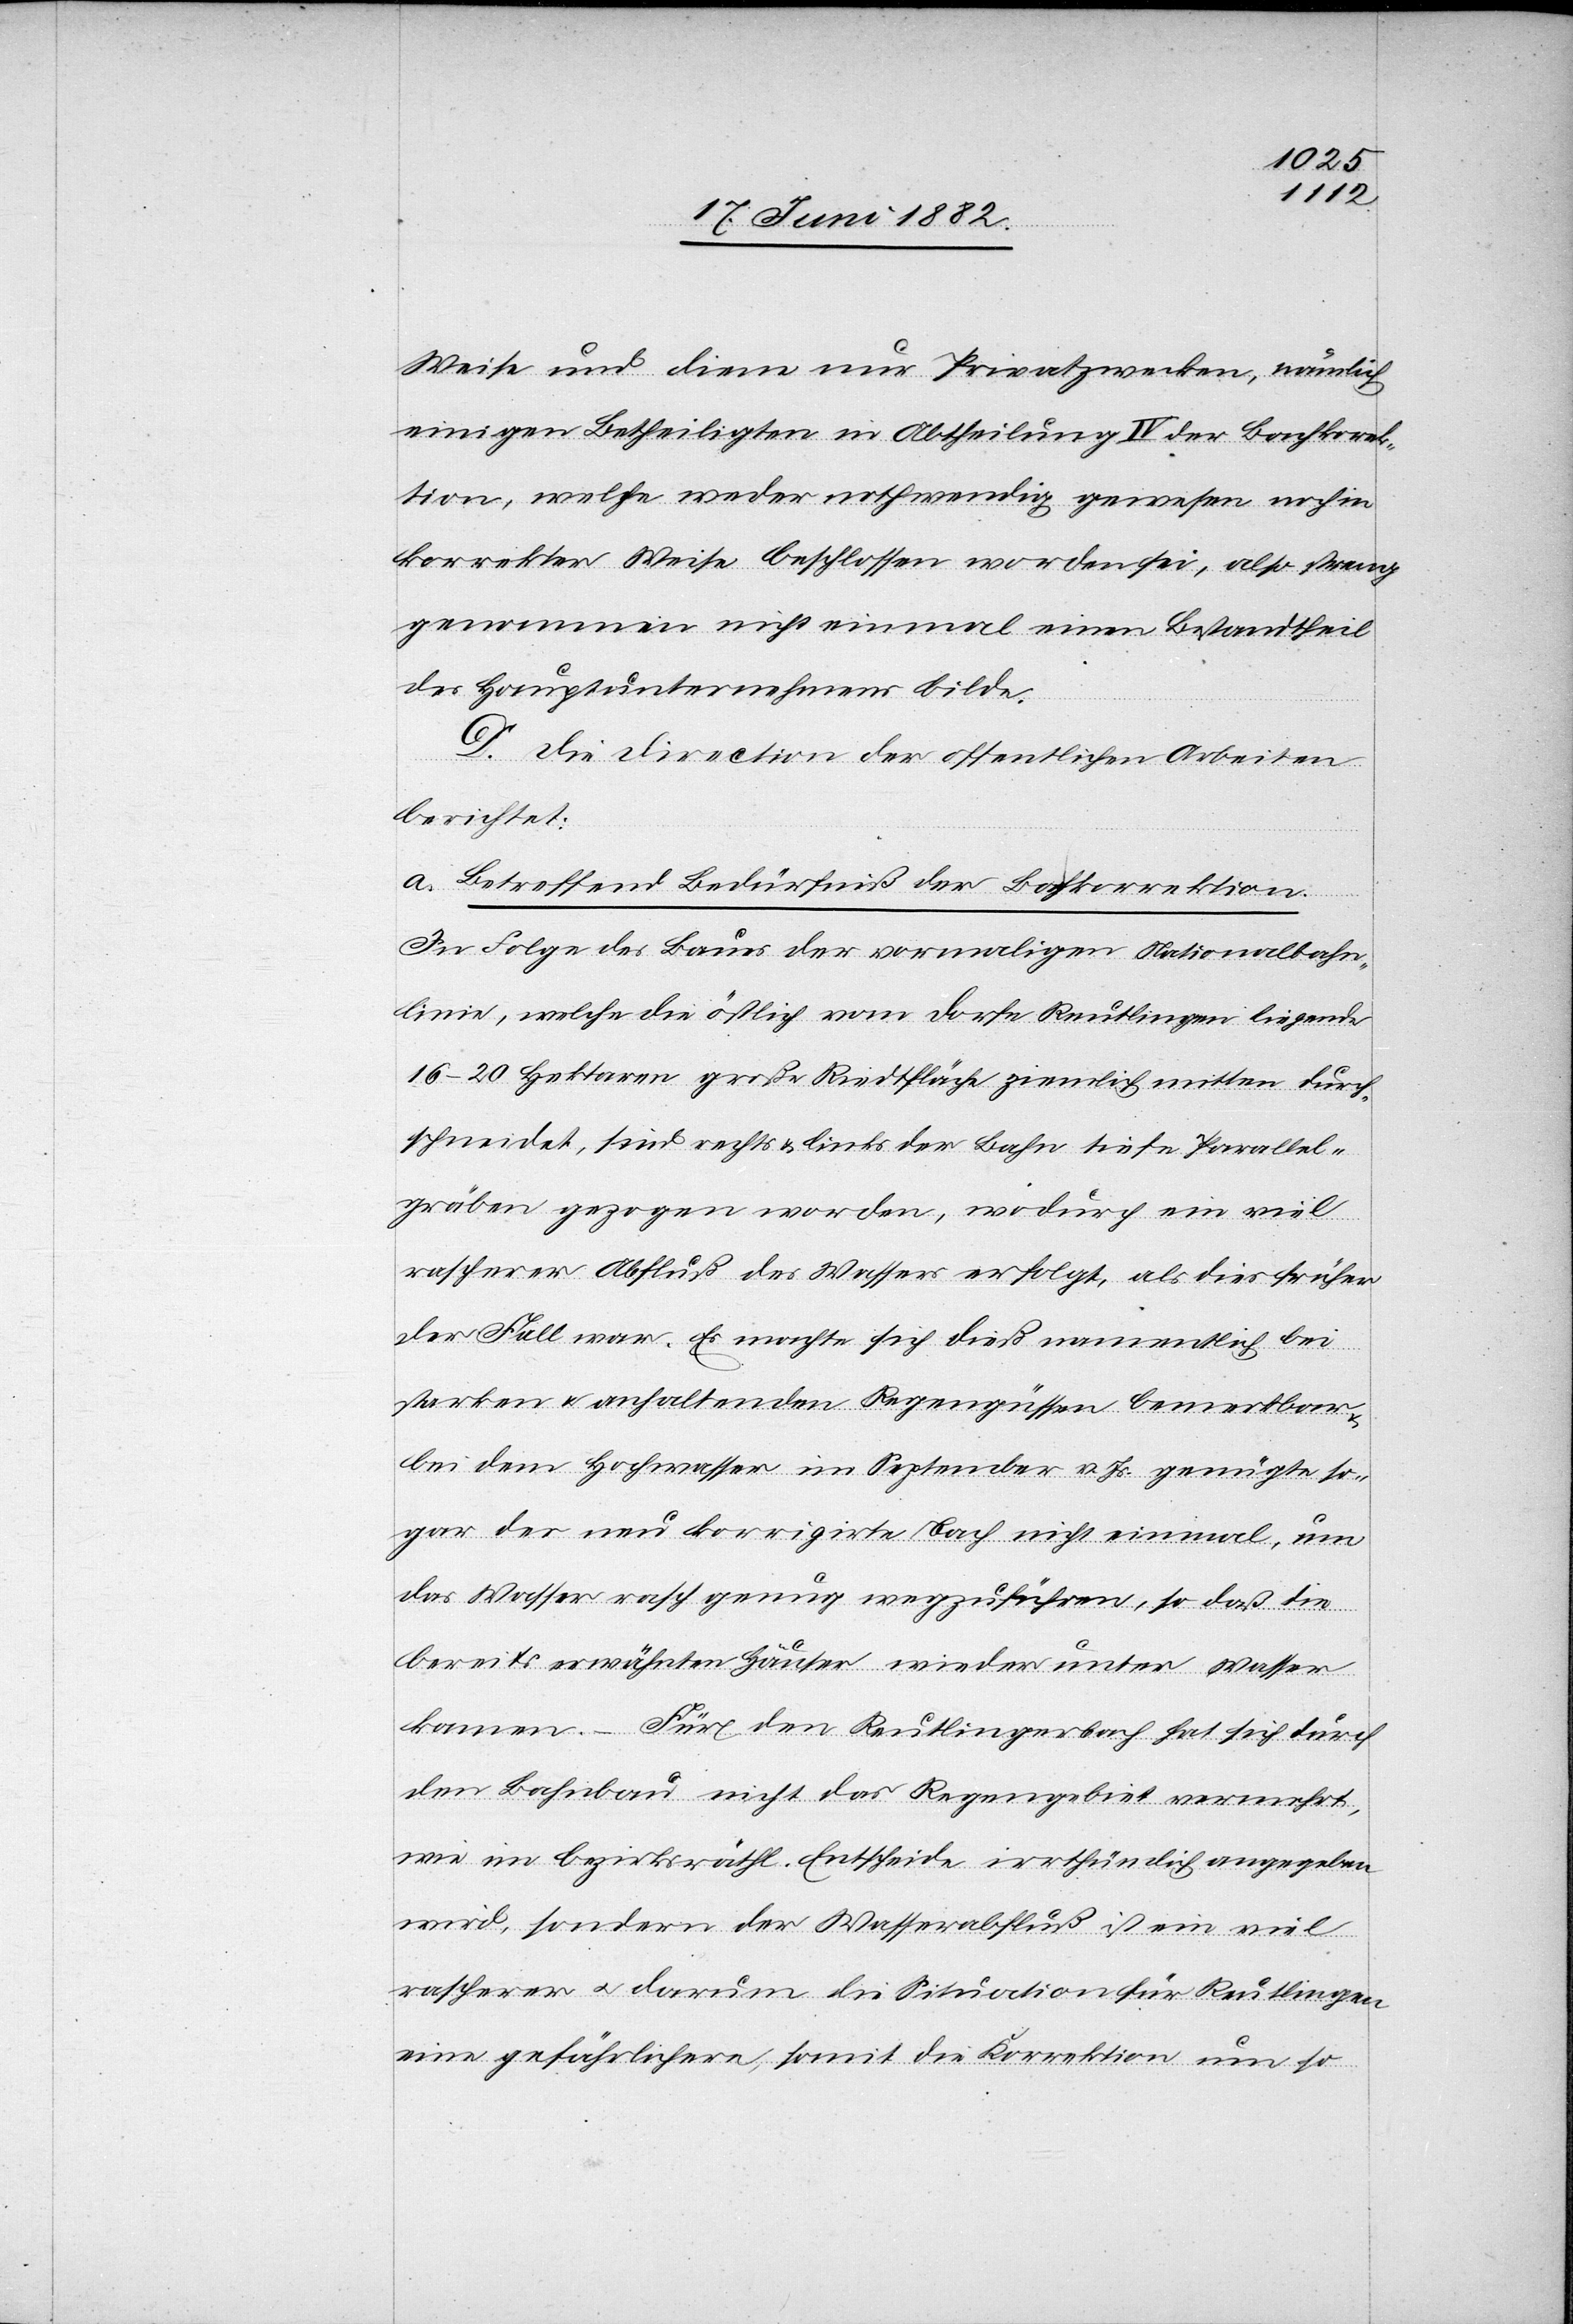
Weise und diene nur Privatzwecken, nämlich
einigen Betheiligten in Abtheilung IV der Bachkorrek¬
tion, welche weder nothwendig gewesen, noch in
korrekter Weise beschlossen worden sei, also streng
genommen nicht einmal einen Bestandtheil
des Hauptunternehmens bilde.
D. Die Direction der öffentlichen Arbeiten
berichtet:
a. Betreffend Bedürfniß der Bachkorrektion.
In Folge des Baues der vormaligen Nationalbahn¬
linie, welche die östlich vom Dorfe Reutlingen liegende
16–20 Hektaren große Riedtfläche ziemlich mitten durch¬
schneidet, sind rechts & links der Bahn tiefe Parallel¬
gräben gezogen worden, wodurch ein viel
rascherer Abfluß des Wassers erfolgt, als dies früher
der Fall war. Es machte sich dieß namentlich bei
starken & anhaltenden Regengüssen bemerkbar
bei dem Hochwasser im September v. Js. genügte so¬
gar der neu korrigirte Bach nicht einmal, um
das Wasser rasch genug wegzuführen, so daß die
bereits erwähnten Häuser wieder unter Wasser
kamen. – Für den Reutlingerbach hat sich durch
den Bahnbau nicht das Regengebiet vermehrt,
wie im bezirksräthl. Entscheide irrthümlich angegeben
wird, sondern der Wasserabfluß ist ein viel
rascherer u. darum die Situation für Reutlingen
eine gefährlichere, somit die Korrektion um so